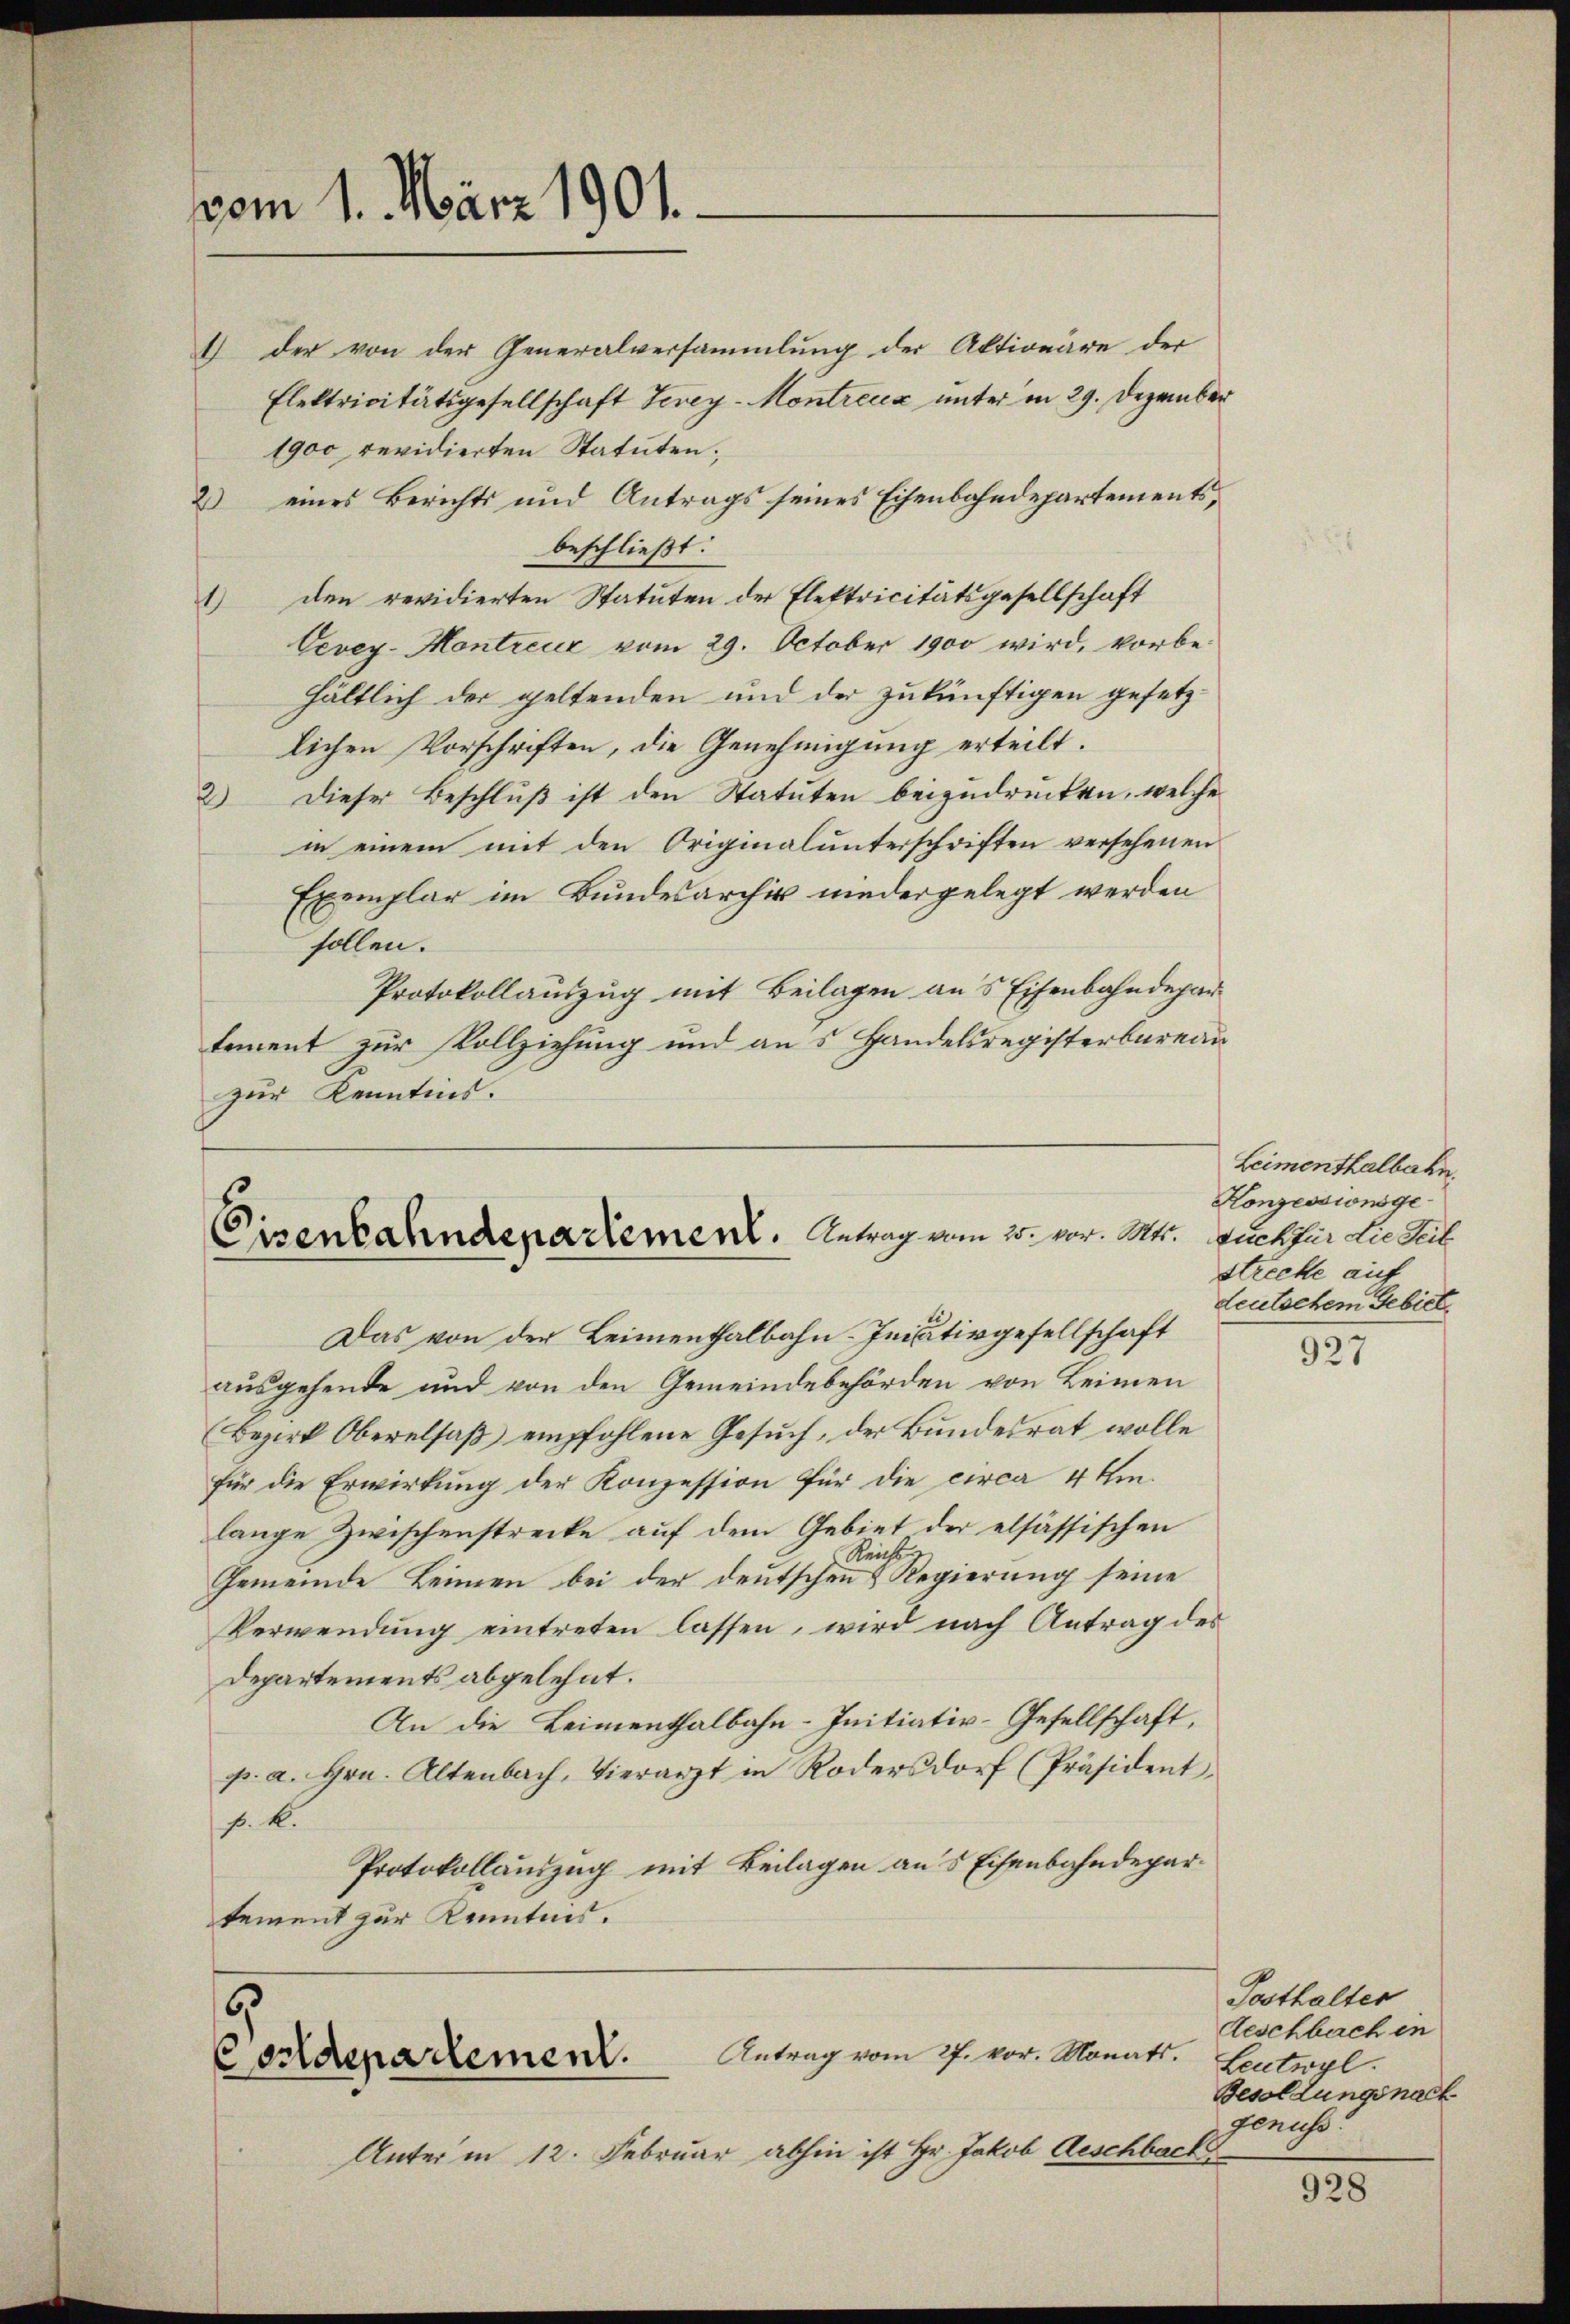
vom 1. März 1901.

Cisenbahndepartement.   Antrag vom 25. vor. Mtt. Duck für die Teil

Unter in 12. Februar abhin ist Hr. Jakob Aeschback

1) der von der Generalversammlung der Aktionäre der
Elektricitätsgesellschaft Vevey-Montreuz unter in 29. Dezember
1900 revidierten Statuten;
eines Berichts und Antrags seines Eisenbahndepartementsf
beschließt:
den revidierten Statuten der Elektricitätsgesellschaft
1
Vevey-Montreuz vom 29. October 1900 wird, vorbehältlich der geltenden und der zukünftigen gesetzlichen Vorschriften, die Genehmigung erteilt.
2) Dieser Beschluß ist den Statuten beizudrücken, welche
in einem mit den Originalunterschriften versehenen
Exemplar im Bundesarchiv niedergelegt werden
sollen.
Protokollauszug mit Beilagen aus Eisenbahndepar
tement zur Vollziehung und aus Handelsregisterbureau
zur Kenntnis.

Das von der Leimenthalbahn-Inisativgesellschaft
ausgehende und von den Gemeindebehörden von Leimen
Bezirk Oberalsaß empfohlene Gesuch, der Bundesrat wolle
für die Erwirkung der Konzession für die circa 4 Umlange Zwischenstrecke auf dem Gebiet der elsässischen
t
Reicht
Gemeinde Leimen bei der deutschen & Regierung seine
Verwendung eintreten lassen, wird nach Antrag des
Departements abgelehnt.
An die Leimenthalbahn-Initiativ-Gesellschaft,
p. a. Hrn. Altenbach, Vierarzt in Rodersdorf (Präsident,
f. k.
Protokollauszug mit Beilagen aus Eisenbahndeparkement zur Kenntnis.
5
Antrag vom 27. vor. Monats.
Conldepartement.

Leimenthalbahn,
Konzessionsgestrecke auf
deutschem Gebiet

927

Tosthalter
Aeschbach in
Leutwyl
Besoldungsnach
genuss:

928